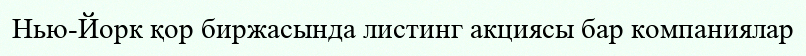
Нью-Йорк қор биржасында листинг акциясы бар компаниялар